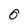
Character: 0